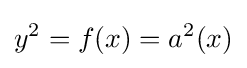
y^{2}=f(x)=a^{2}(x)